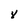
Character: Y